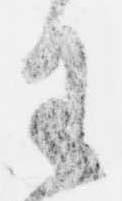
王